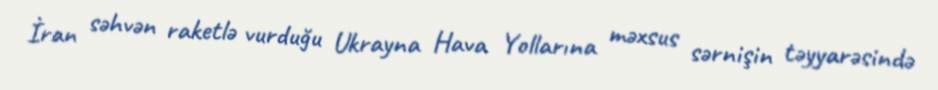
İran səhvən raketlə vurduğu Ukrayna Hava Yollarına məxsus sərnişin təyyarəsində